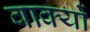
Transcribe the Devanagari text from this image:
वाक्‍यों